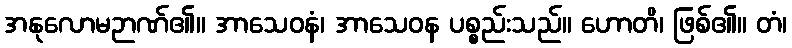
အနုလောမဉာဏ်၏။ အာသေဝနံ၊ အာသေဝန ပစ္စည်းသည်။ ဟောတိ၊ ဖြစ်၏။ တံ၊